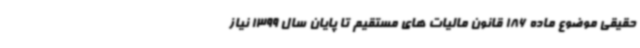
حقیقی موضوع ماده 186 قانون مالیات های مستقیم تا پایان سال 1399 نیاز